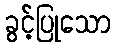
ခွင့်ပြုသော